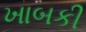
ખાબકી